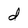
Character: d